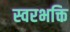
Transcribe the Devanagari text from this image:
स्वरभक्ति